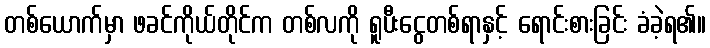
တစ်ယောက်မှာ ဖခင်ကိုယ်တိုင်က တစ်လကို ရူပီးငွေတစ်ရာနှင့် ရောင်းစားခြင်း ခံခဲ့ရ၏။